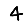
Digit: 4